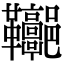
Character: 𩎏